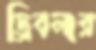
ড্রিবলার